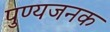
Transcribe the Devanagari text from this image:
पुण्यजनक